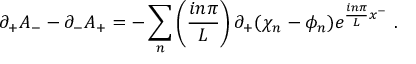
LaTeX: \partial _ { + } A _ { - } - \partial _ { - } A _ { + } = - \sum _ { n } \left( { \frac { i n \pi } { L } } \right) \partial _ { + } ( \chi _ { n } - \phi _ { n } ) e ^ { { \frac { i n \pi } { L } } x ^ { - } } \, \, .